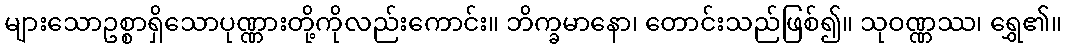
များသောဥစ္စာရှိသောပုဏ္ဏားတို့ကိုလည်းကောင်း။ ဘိက္ခမာနော၊ တောင်းသည်ဖြစ်၍။ သုဝဏ္ဏဿ၊ ရွှေ၏။